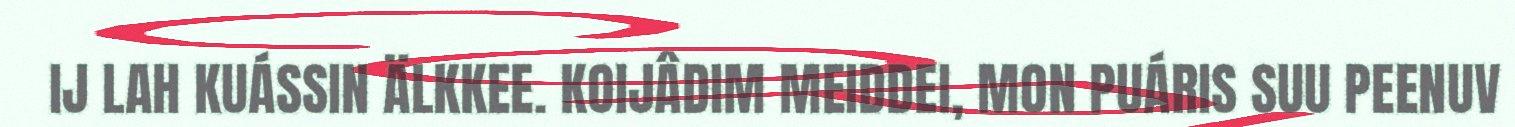
IJ LAH KUÁSSIN ÄLKKEE. KOIJÂDIM MEIDDEI, MON PUÁRIS SUU PEENUV